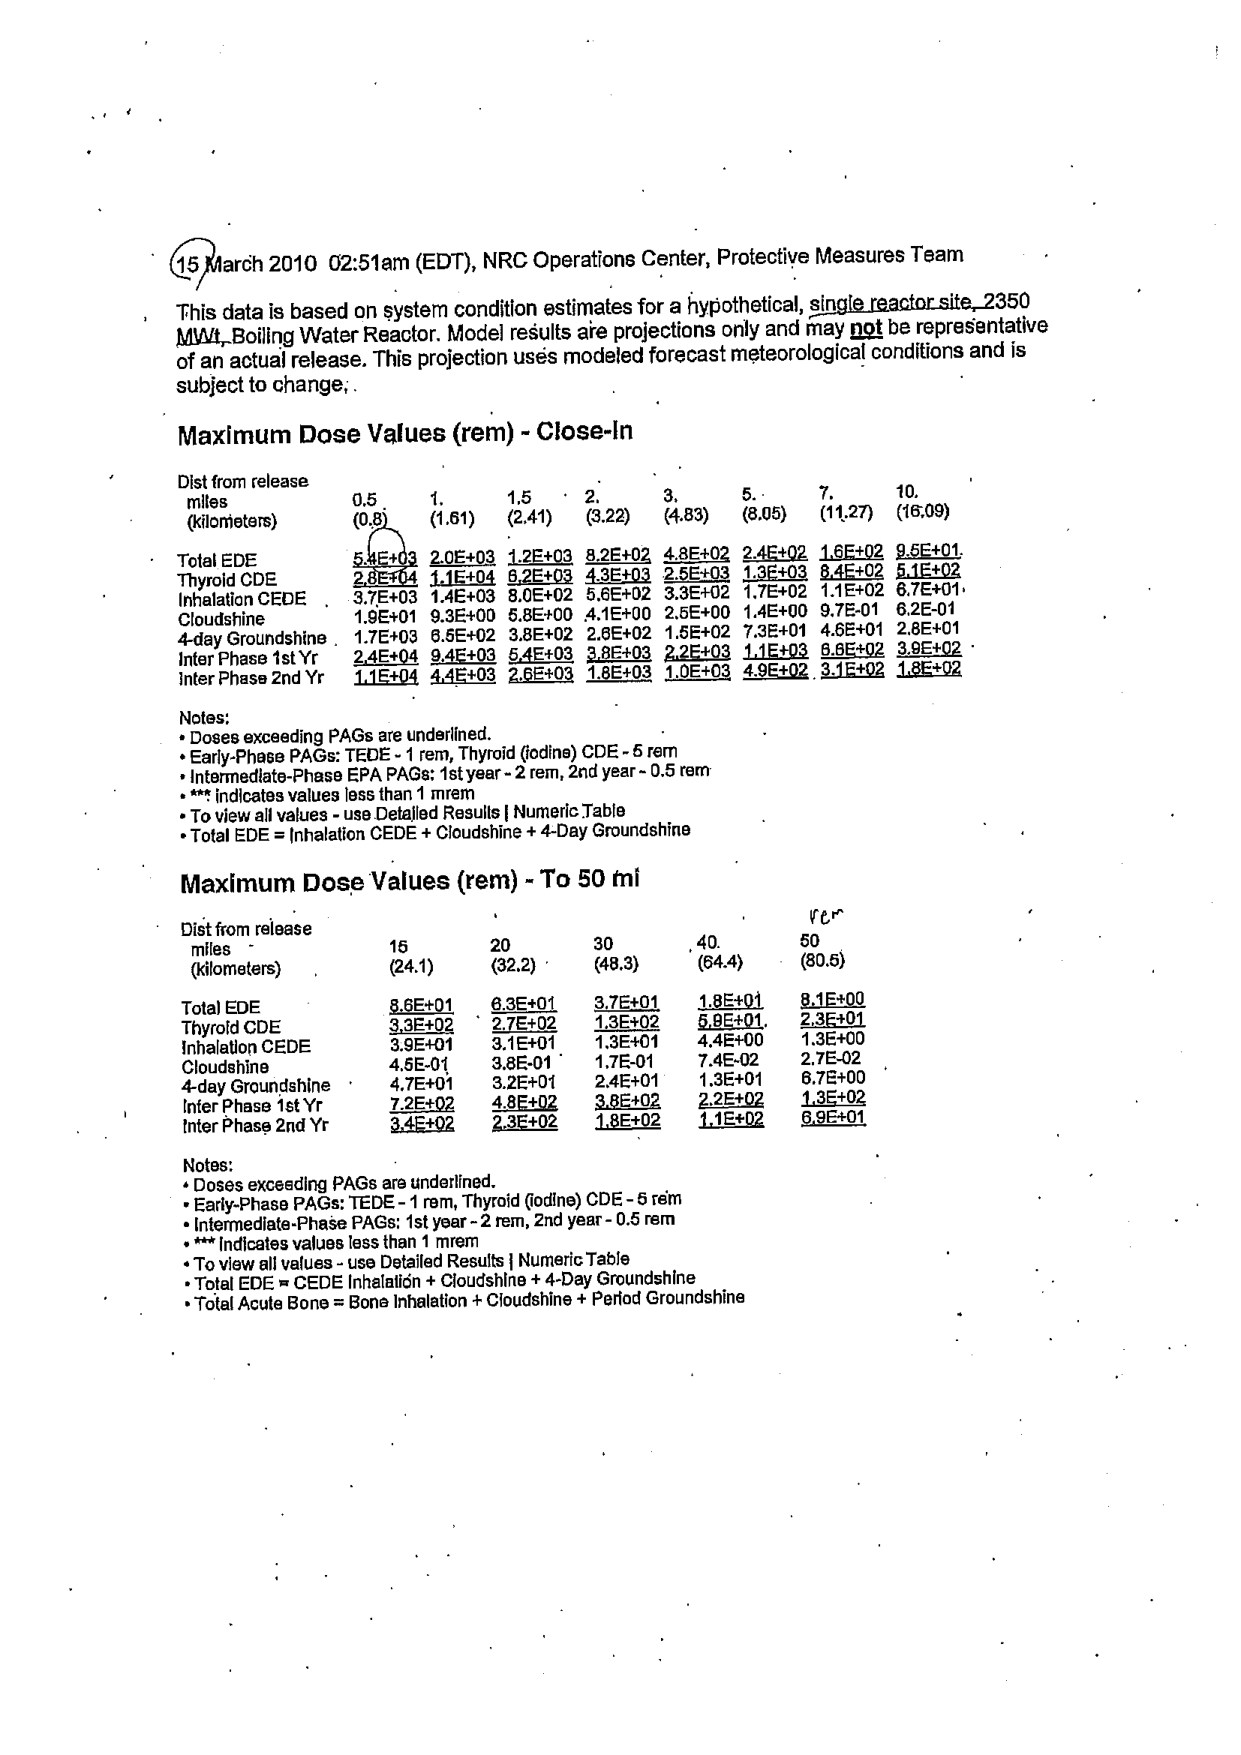
15 March 2010 02:51am (EDT), NRC Operations Center, Protective Measures Team

This data is based on system condition estimates for a hypothetical, single reactor site, 2350 MWt, Boiling Water Reactor. Model results are projections only and may not be representative of an actual release. This projection uses modeled forecast meteorological conditions and is subject to change.

Maximum Dose Values (rem) - Close-In

Dist from release
miles          0.5       1.        1.5       2.        3.        5.        7.        10.
(kilometers)  (0.8)     (1.61)    (2.41)    (3.22)    (4.83)    (8.05)    (11.27)   (16.09)

Total EDE       5.4E+03   2.0E+03   1.2E+03   8.2E+02   4.8E+02   2.4E+02   1.6E+02   9.5E+01
Thyroid CDE     2.8E+04   1.1E+04   6.2E+03   4.3E+03   2.6E+03   1.3E+03   8.4E+02   5.1E+02
Inhalation CEDE 3.7E+03   1.4E+03   8.0E+02   5.6E+02   3.3E+02   1.7E+02   1.1E+02   6.7E+01
Cloudshine      1.9E+01   9.3E+00   5.8E+00   4.1E+00   2.6E+00   1.4E+00   9.7E-01   6.2E-01
4-day Groundshine 1.7E+03   6.5E+02   3.8E+02   2.6E+02   1.5E+02   7.3E+01   4.6E+01   2.8E+01
Inter Phase 1st Yr 2.4E+04   9.4E+03   5.4E+03   3.8E+03   2.2E+03   1.1E+03   6.6E+02   3.9E+02
Inter Phase 2nd Yr 1.1E+04   4.4E+03   2.6E+03   1.8E+03   1.0E+03   4.9E+02   3.1E+02   1.8E+02

Notes:
• Doses exceeding PAGs are underlined.
• Early-Phase PAGs: TEDE - 1 rem, Thyroid (iodine) CDE - 5 rem
• Intermediate-Phase EPA PAGs: 1st year - 2 rem, 2nd year - 0.5 rem
• *** indicates values less than 1 mrem
• To view all values - use Detailed Results | Numeric Table
• Total EDE = Inhalation CEDE + Cloudshine + 4-Day Groundshine

Maximum Dose Values (rem) - To 50 mi

Dist from release
miles          15        20        30        40        50
(kilometers)  (24.1)    (32.2)    (48.3)    (64.4)    (80.5)

Total EDE       8.6E+01   6.3E+01   3.7E+01   1.8E+01   8.1E+00
Thyroid CDE     3.3E+02   2.7E+02   1.3E+02   5.8E+01   2.3E+01
Inhalation CEDE 3.9E+01   3.1E+01   1.3E+01   4.4E+00   1.3E+00
Cloudshine      4.5E-01   3.8E-01   1.7E-01   7.4E-02   2.7E-02
4-day Groundshine 4.7E+01   3.2E+01   2.4E+01   1.3E+01   6.7E+00
Inter Phase 1st Yr 7.2E+02   4.8E+02   3.8E+02   2.2E+02   1.3E+02
Inter Phase 2nd Yr 3.4E+02   2.3E+02   1.8E+02   1.1E+02   6.9E+01

Notes:
• Doses exceeding PAGs are underlined.
• Early-Phase PAGs: TEDE - 1 rem, Thyroid (iodine) CDE - 5 rem
• Intermediate-Phase PAGs: 1st year - 2 rem, 2nd year - 0.5 rem
• *** indicates values less than 1 mrem
• To view all values - use Detailed Results | Numeric Table
• Total EDE = CEDE Inhalation + Cloudshine + 4-Day Groundshine
• Total Acute Bone = Bone Inhalation + Cloudshine + Period Groundshine